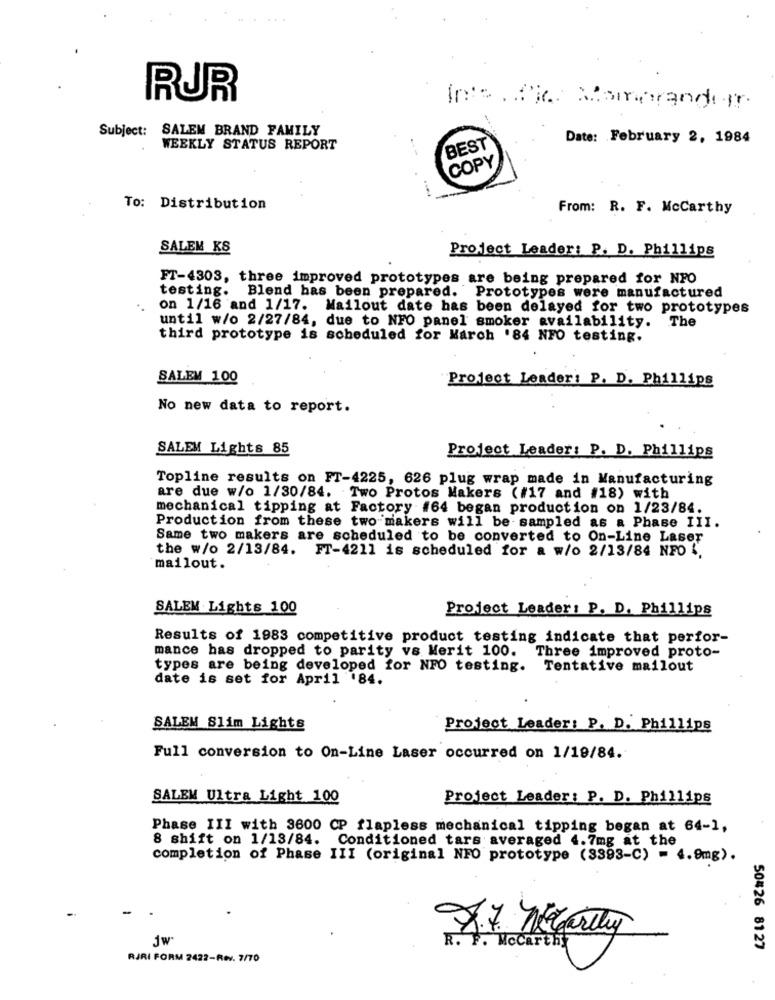
RUR
In :: ..... Momorandır
Subject: SALEM BRAND FAMILY
Date: February 2, 1984
WEEKLY STATUS REPORT
BEST
COPY
To: Distribution
From: R. F. McCarthy
SALEM KS
Project Leader: P. D. Phillips
FT-4303, three improved prototypes are being prepared for NPO
testing. Blend has been prepared. Prototypes were manufactured
..
on 1/16 and 1/17. Mailout date has been delayed for two prototypes
until w/o 2/27/84, due to NFO panel smoker availability. The
third prototype is scheduled for March '84 NFO testing.
SALEM 100
Project Leader: P. D. Phillips
No new data to report.
SALEM Lights 85
Project Leader: P. D. Phillips
Topline results on FT-4225, 626 plug wrap made in Manufacturing
are due w/o 1/30/84. Two Protos Makers (#17 and #18) with
mechanical tipping at Factory #64 began production on 1/23/84.
Production from these two makers will be sampled as a Phase III.
Same two makers are scheduled to be converted to On-Line Laser
the w/o 2/13/84. FT-4211 is scheduled for a w/o 2/13/84 NFO {.
mailout.
SALEM Lights 100
Project Leader: P. D. Phillips
Results of 1983 competitive product testing indicate that perfor-
mance has dropped to parity vs Merit 100.
Three improved proto-
types are being developed for NFO testing. Tentative mailout
date is set for April .84.
SALEM Slim Lights
Project Leader: P. D. Phillips
Full conversion to On-Line Laser occurred on 1/19/84.
SALEM Ultra Light 100
Project Leader : P. D. Phillips
Phase III with 3600 CP flapless mechanical tipping began at 64-1,
8 shift on 1/13/84. Conditioned tars averaged 4.7mg at the
completion of Phase III (original NFO prototype (3393-C) = 4.9mg).
R. F. Mccarthy
50426 8127
RIRI FORM 2422-Rev. 7/70